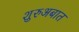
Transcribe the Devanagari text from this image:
शुरुअबात